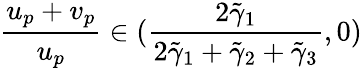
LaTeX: \frac{u_{p}+v_{p}}{u_{p}}\in(\frac{2\tilde{\gamma}_{1}}{2\tilde{\gamma}_{1}+\tilde{\gamma}_{2}+\tilde{\gamma}_{3}},0)